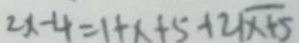
2 x - 4 = 1 + x + 5 - 1 2 \sqrt { x + 5 }